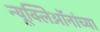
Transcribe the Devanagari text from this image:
न्यूक्लिऑनांच्या